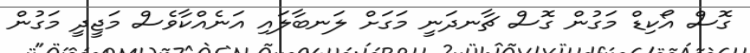
ގޮސް އޯކިޑް މަގުން ގޮސް ޗާނދަނީ މަގަށް ލަނބާލައި އަނެއްކާވެސް މަޖީދީ މަގުން